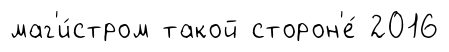
маг'и́стром такой сторон'е́ 2016